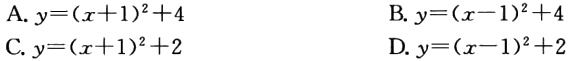
A. $y=(x + 1)^2+4$
B. $y=(x - 1)^2+4$
C. $y=(x + 1)^2+2$
D. $y=(x - 1)^2+2$